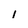
Character: i